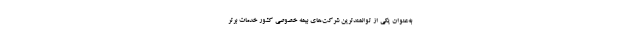
به‌عنوان یکی از توانمند‌ترین شرکت‌های بیمه خصوصی کشور خد‌مات برتر